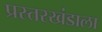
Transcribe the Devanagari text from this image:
प्रस्तरखंडाला